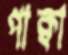
পাক্বা